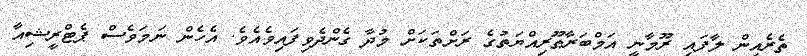
ތެރެއިން ލާފައި ރޫމާނީ އަމްބަރާޠޫރިއްޔަތުގެ ރަށްތަކަށް މުދާ ގެންދެވިފައިވެއެވެ. އެހެން ނަމަވެސް ޕެޓްރީޝިއާ